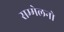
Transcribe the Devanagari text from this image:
सम्मेलनो